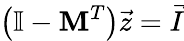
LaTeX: \left(\mathbb{I}-\textbf{M}^{T}\right)\vec{z}=\vec{I}